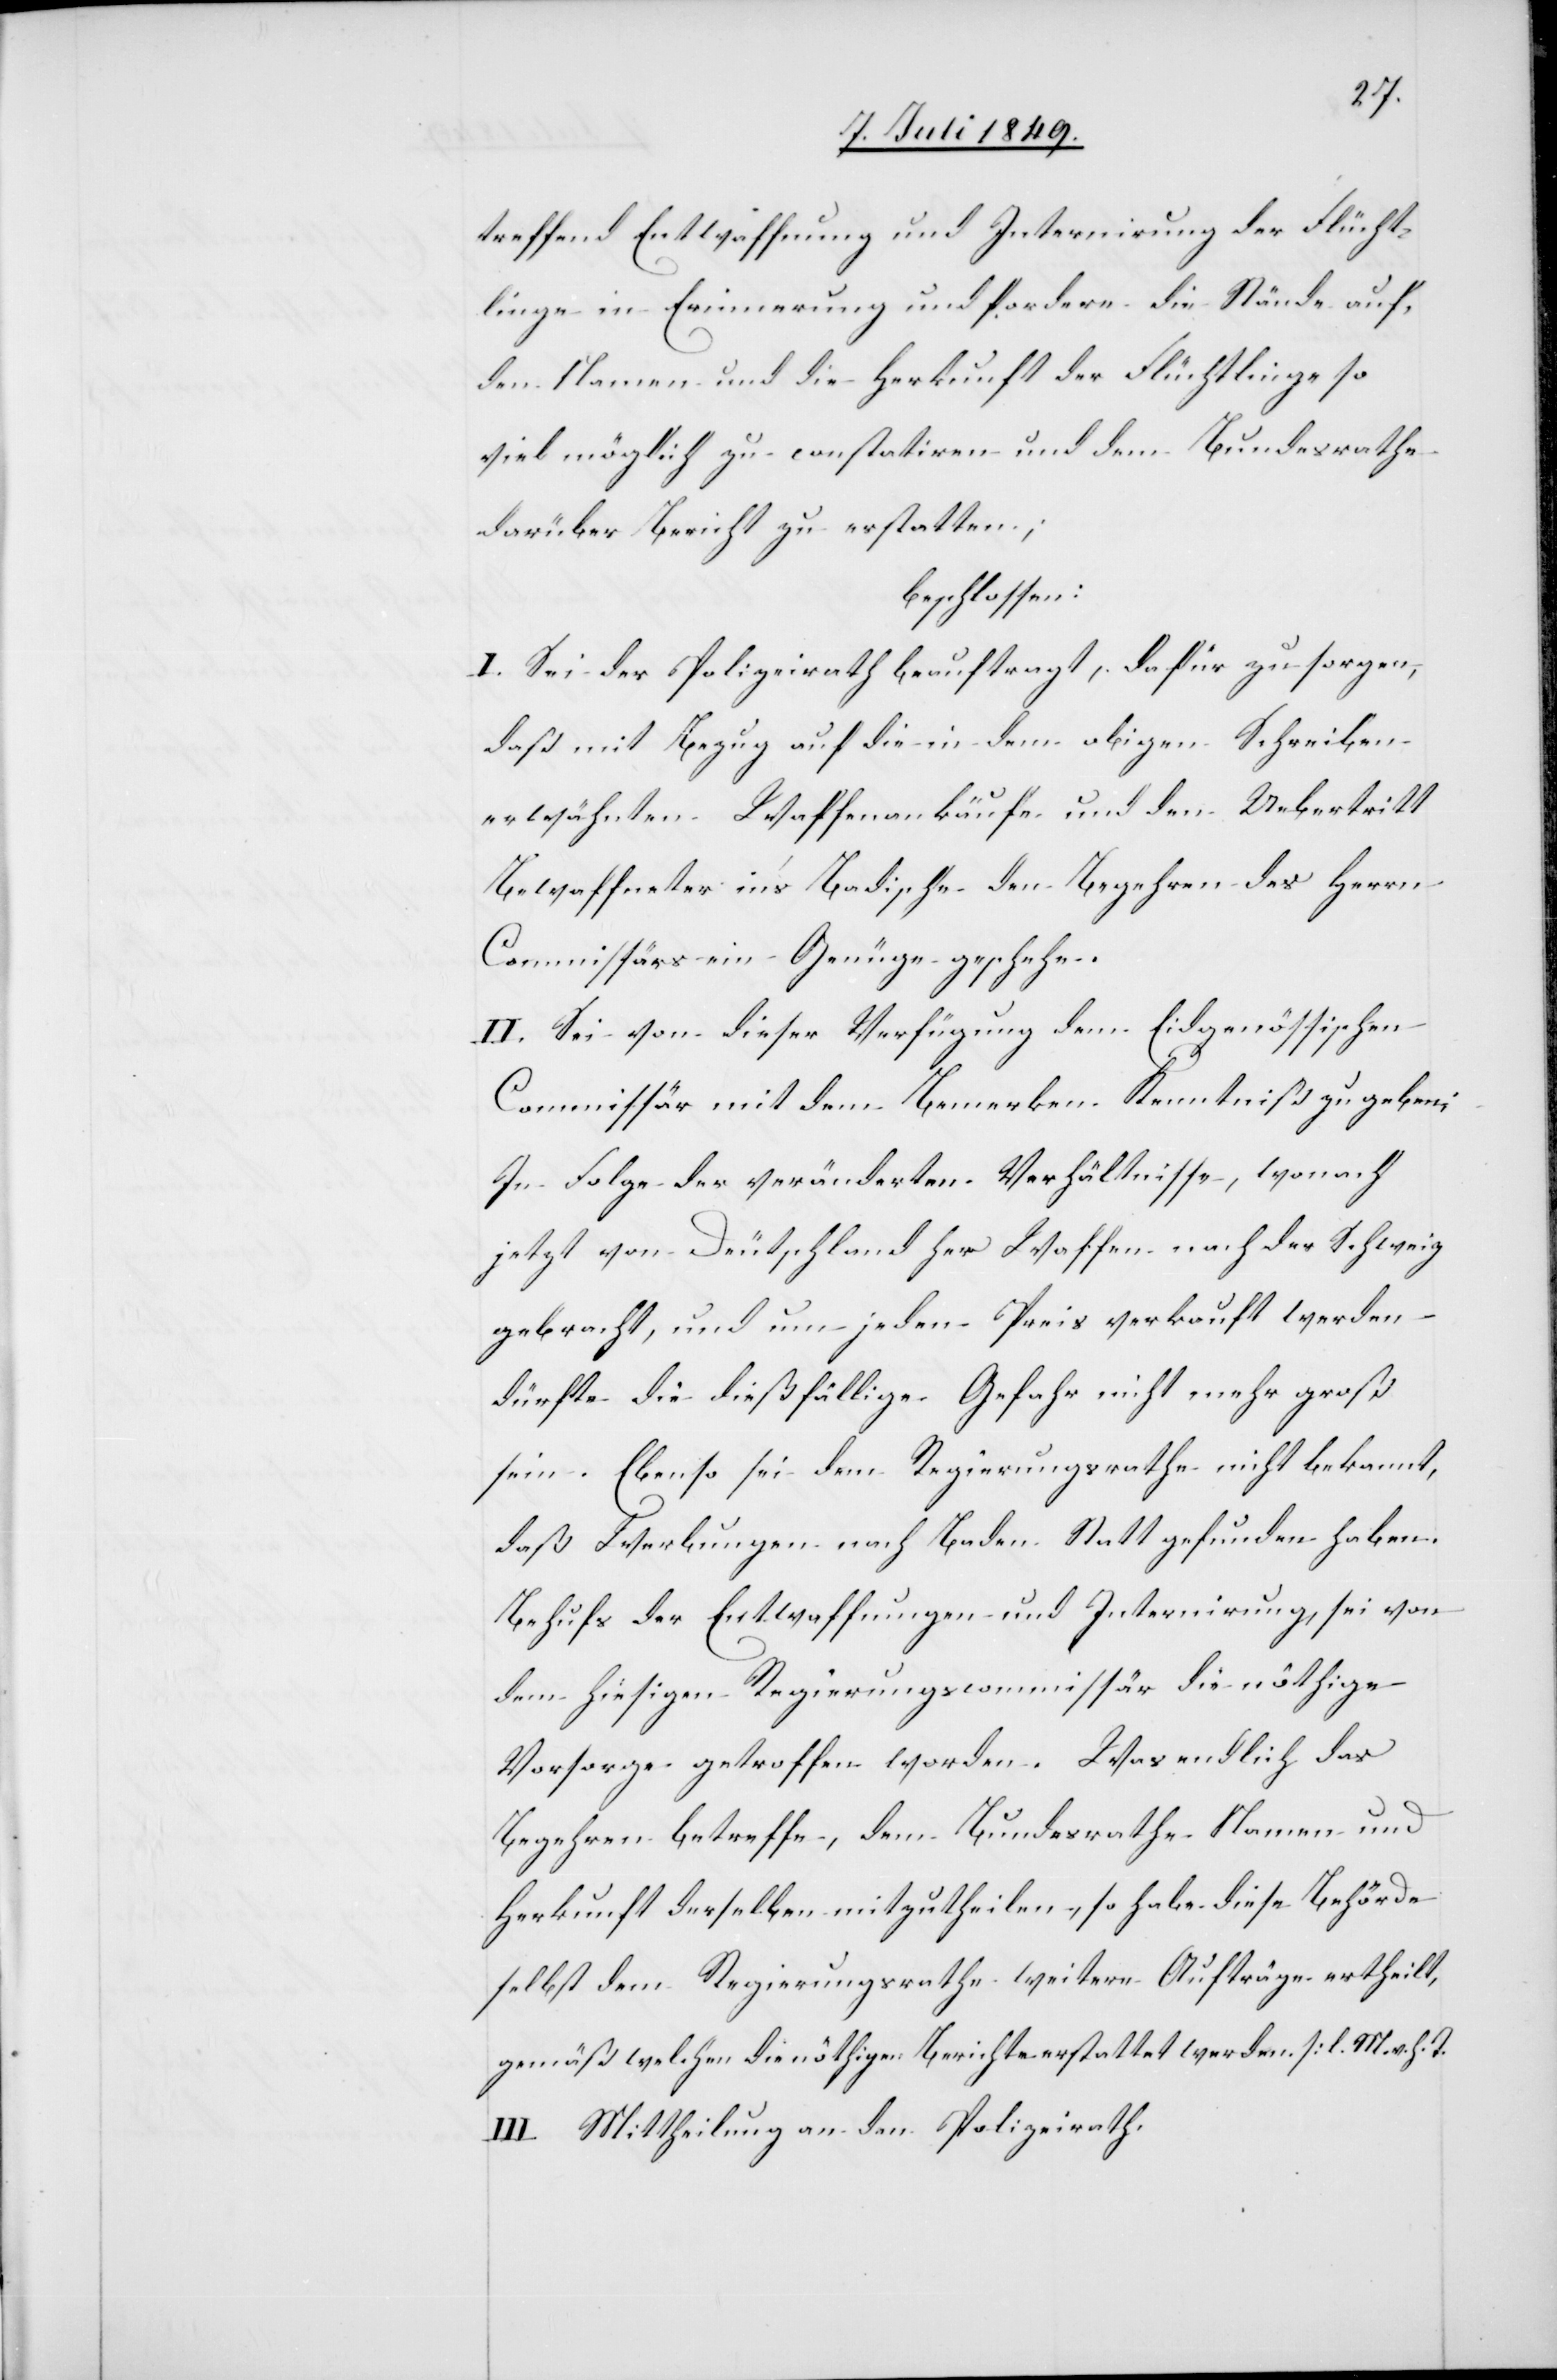
treffend Entwaffnung und Internirung der Flücht¬
linge in Erinnerung und fordere die Stände auf,
den Namen und die Herkunft der Flüchtlinge so
viel möglich zu constatiren und dem Bundesrathe
darüber Bericht zu erstatten;
beschlossen:
I. Sei der Polizeirath beauftragt, dafür zu sorgen,
daß mit Bezug auf die in dem obigen Schreiben
erwähnten Waffenkäufe und den Uebertritt
Bewaffneter ins Badische den Begehren des Herrn
Commissärs ein Genüge geschehe.
II. Sei von dieser Verfügung dem Eidgenössischen
Commissär mit dem Bemerken Kenntniß zu geben;
In Folge der veränderten Verhältnisse, wonach
jetzt von Deutschland her Waffen nach der Schweiz
gebracht, und um jeden Preis verkauft werden
dürfte die dießfällige Gefahr nicht mehr groß
sein. Ebenso sei dem Regierungsrathe nicht bekannt,
daß Werbungen nach Baden statt gefunden haben.
Behufs der Entwaffnungen und Internirung, sei von
dem hiesigen Regierungscommissär die nöthige
Vorsorge getroffen worden. Was endlich das
Begehren betreffe, dem Bundesrathe Namen und
Herkunft derselben mitzutheilen, so habe diese Behörde
selbst dem Regierungsrathe weitere Aufträge ertheilt,
gemäß welchen die nöthigen Berichte erstattet werden. [l. M. v. h. T]
III. Mittheilung an den Polizeirath.